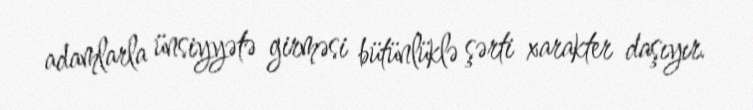
adamlarla ünsiyyətə girməsi bütünlüklə şərti xarakter daşıyır.